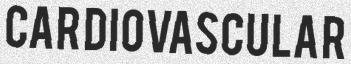
CARDIOVASCULAR